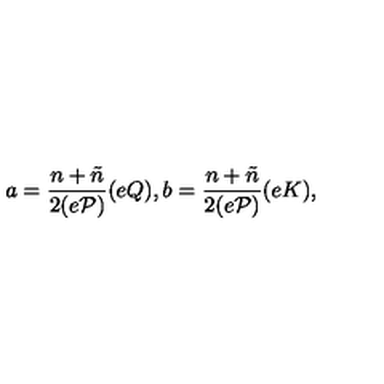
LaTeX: a = \frac { n + \tilde { n } } { 2 ( e \cal { P } ) } ( e Q ) , b = \frac { n + \tilde { n } } { 2 ( e \cal { P } ) } ( e K ) ,